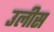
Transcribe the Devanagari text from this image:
उलीस